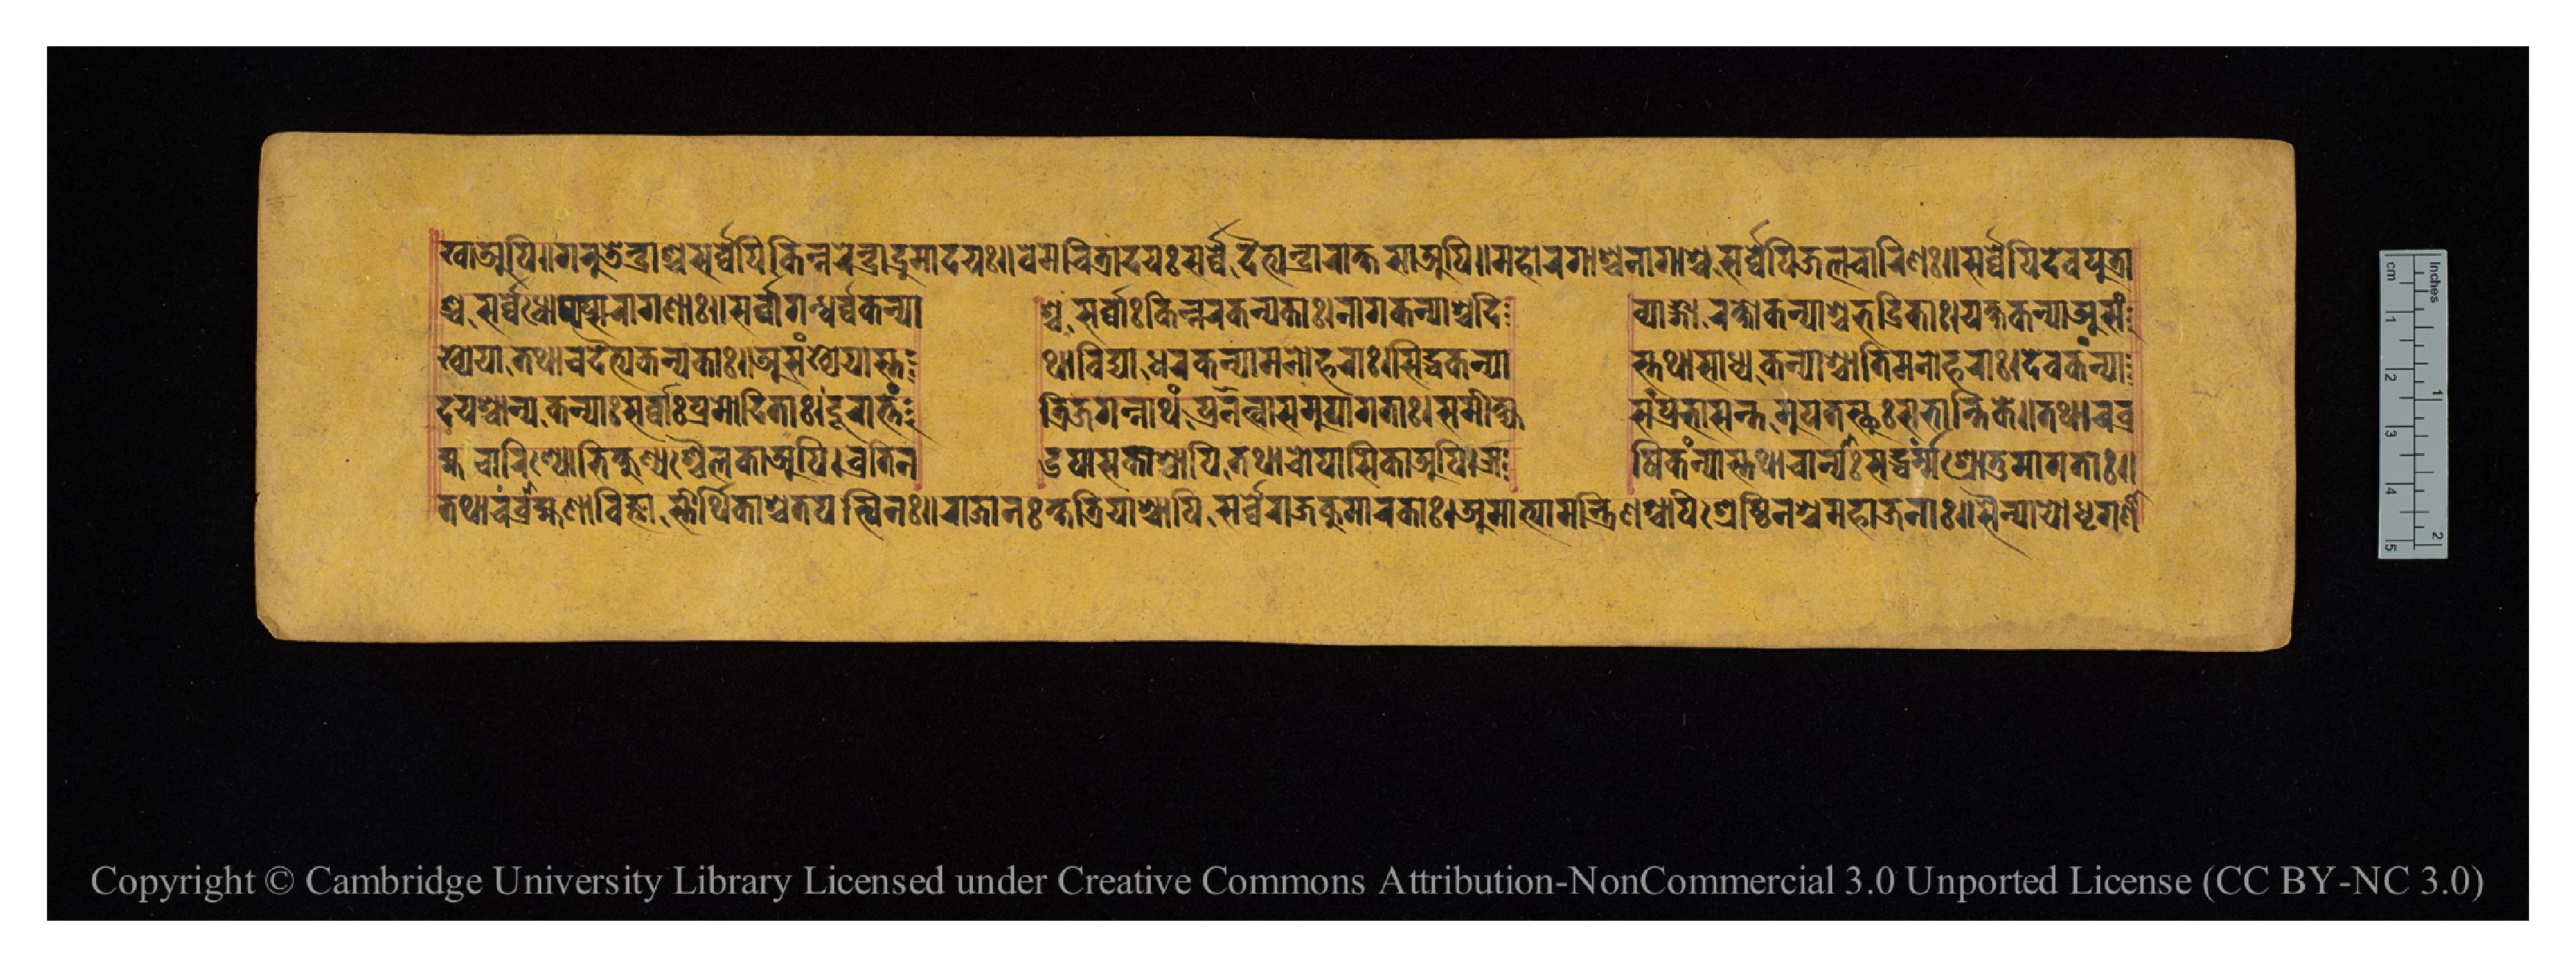
𑐏𑐵𑐀𑐥𑐶𑑌𑐐𑐬𑐸𑐜𑐾𑐣𑑂𑐡𑑂𑐬𑐵𑐱𑑂𑐔𑐳𑐬𑑂𑐰𑑂𑐰𑐾𑐥𑐶𑐎𑐶𑐌𑐣𑑂𑐣𑐬𑐾𑐣𑑂𑐡𑑂𑐬𑐵𑐡𑑂𑐬𑐸𑐩𑐵𑐡𑐫𑑅𑑌𑐰𑐾𑐩𑐔𑐶𑐟𑑂𑐬𑐵𑐡𑐫𑑅𑐳𑐬𑑂𑐰𑑂𑐰𑐾𑐡𑐿𑐟𑑂𑐫𑐾𑐣𑑂𑐡𑑂𑐬𑐵𑐬𑐵𑐎𑑂𑐲𑐳𑐵𑐀𑐥𑐶𑑌𑐩𑐴𑑀𑐬𑐐𑐵𑐱𑑂𑐔𑐣𑐵𑐐𑐵𑐱𑑂𑐔𑐳𑐬𑑂𑐰𑑂𑐰𑐾𑐥𑐶𑐖𑐮𑐔𑐵𑐬𑐶𑐞𑑅𑑌𑐳𑐬𑑂𑐰𑑂𑐰𑐾𑐥𑐶𑐡𑐾𑐰𑐥𑐸𑐟𑑂𑐬𑐵 𑐱𑑂𑐔𑐳𑐬𑑂𑐰𑑂𑐰𑐾𑐲𑑀𑐲𑐥𑑂𑐳𑐬𑑀𑐐𑐞𑐵𑑅𑑌𑐳𑐬𑑂𑐰𑑂𑐰𑐵𑐐𑐣𑑂𑐢𑐬𑑂𑐰𑑂𑐰𑐎𑐣𑑂𑐫𑐵  𑐱𑑂𑐔𑐳𑐬𑑂𑐰𑑂𑐰𑐵𑑅𑐎𑐶𑐣𑑂𑐣𑐬𑐎𑐣𑑂𑐫𑐎𑐵𑑅𑑋𑐣𑐵𑐖𑐎𑐣𑑂𑐫𑐵𑐱𑑂𑐔𑐡𑐶  𑐰𑑂𑐫𑐵𑐒𑑂𑐐𑐵𑐬𑐎𑑂𑐲𑑀𑐎𑐣𑑂𑐫𑐵𑐱𑑂𑐔𑐨𑐡𑑂𑐬𑐶𑐎𑐵𑑅𑑋𑐫𑐎𑑂𑐲𑐎𑐣𑑂𑐫𑐵𑐀𑐳𑑄 𑐏𑑂𑐫𑐾𑐫𑐵𑐟𑐠𑐵𑐔𑐡𑐿𑐟𑑂𑐫𑐎𑐣𑑂𑐫𑐎𑐵𑑅𑑌𑐀𑐳𑑄𑐏𑑂𑐫𑐾𑐫𑐵𑐳𑑂𑐟 𑐠𑐵𑐰𑐶𑐢𑐵𑐢𑐬𑐎𑐣𑑂𑐫𑐵𑐩𑐣𑑀𑐴𑐬𑐵𑑅𑑋𑐳𑐶𑐡𑑂𑐢𑐎𑐣𑑂𑐫𑐵  𑐳𑑂𑐟𑐠𑐵𑐳𑐵𑐢𑑂𑐫𑐎𑐣𑑂𑐫𑐵𑐱𑑂𑐔𑐵𑐟𑐶𑐩𑐣𑑀𑐴𑐬𑐵𑑅𑑋𑐡𑐾𑐰𑐎𑐣𑑂𑐫𑐵 𑐡𑐫𑐱𑑂𑐔𑐵𑐣𑑂𑐫𑐎𑐣𑑂𑐫𑐵𑑅𑐳𑐬𑑂𑐰𑑂𑐰𑐵𑑅𑐥𑑂𑐬𑐩𑑀𑐡𑐶𑐟𑐵𑑅𑑋𑐡𑐹𑐬𑐵𑐨𑐵𑑄  𑐟𑑂𑐬𑐶𑐖𑐐𑐣𑑂𑐣𑐵𑐠𑑄𑐥𑑂𑐬𑐣𑐟𑑂𑐰𑐵𑐳𑐩𑐸𑐥𑐐𑐟𑐵𑑅𑑋𑐳𑐩𑐷𑐎𑑂𑐲𑑂𑐫  𑐳𑑄𑐥𑑂𑐬𑐨𑐵𑐳𑐣𑑂𑐟𑐩𑐸𑐥𑐟𑐳𑑂𑐠𑐸𑑅𑐳𑐨𑐵𑐣𑑂𑐟𑐶𑐎𑐾𑑌𑐟𑐠𑐵𑐔𑐧𑑂𑐬 𑐴𑑂𑐩𑐔𑐵𑐬𑐶𑐞𑑀𑐨𑐶𑐎𑑂𑐲𑐸𑐞𑑂𑐫𑐱𑑂𑐔𑐿𑐮𑐎𑐵𑐀𑐥𑐶𑑋𑐰𑑂𑐬𑐟𑐶𑐣 𑐄𑐥𑐵𑐳𑐎𑐵𑐱𑑂𑐔𑐵𑐥𑐶𑐟𑐠𑐵𑐔𑑀𑐥𑐵𑐳𑐶𑐎𑐵𑐀𑐥𑐶𑑌𑐆  𑐲𑐶𑐎𑐣𑑂𑐫𑐵𑐳𑑂𑐟𑐠𑐵𑐔𑐵𑐣𑑂𑐫𑐵𑑅𑐳𑐡𑑂𑐢𑐬𑑂𑐩𑑂𑐩𑑄𑐱𑑂𑐬𑑀𑐟𑐸𑐩𑐵𑐐𑐟𑐵𑑅𑑌 𑐟𑐠𑐵𑐔𑐧𑑂𑐬𑐵𑐴𑑂𑐩𑐞𑐵𑐰𑐶𑐖𑑂𑐘𑐵𑐳𑑂𑐟𑐷𑐬𑑂𑐠𑐶𑐎𑐵𑐱𑑂𑐔𑐟𑐥𑐳𑑂𑐰𑐶𑐣𑑅𑑌𑐬𑐵𑐖𑐵𑐣𑑅𑐎𑑂𑐲𑐟𑑂𑐬𑐶𑐫𑐵𑐱𑑂𑐔𑐵𑐥𑐶𑐳𑐬𑑂𑐰𑑂𑐰𑐾𑐬𑐵𑐖𑐎𑐸𑐩𑐵𑐬𑐎𑐵𑑅𑑋𑐀𑐩𑐵𑐟𑑂𑐫𑐵𑐩𑐣𑑂𑐟𑑂𑐬𑐶𑐞𑐱𑑂𑐔𑐵𑐥𑐶𑐱𑑂𑐬𑐾𑐲𑑂𑐛𑐶𑐣𑐱𑑂𑐔𑐩𑐴𑐵𑐖𑐣𑐵𑑅𑑌𑐳𑐿𑐣𑑂𑐫𑐵𑐫𑑀𑐢𑐺𑐐𑐞𑐵